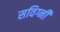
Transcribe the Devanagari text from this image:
सविग्नी